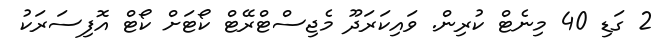
2 ގަޑި 40 މިނެޓް ކުރިން. ވައިކަރަދޫ މެޖިސްޓްރޭޓް ކޯޓަށް ކޯޓް އޮފިސަރަކު